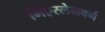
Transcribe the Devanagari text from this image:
गिएस्लेनबर्ग